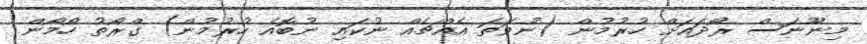
މިނޫނަސް ރޯދައަށް ހުރުމުން (ނުވަތަ އެއްޗެއް ނުކައި ނުބޮއެ ހުރުމުން) ގްރޯތު ހޯމޯން